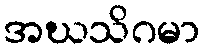
အဃသိဂမာ